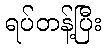
ရပ်တန့်ပြီး